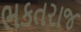
ભકતરાજ